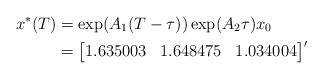
LaTeX: \begin{align*} x^* (T)&=\exp(A_1 (T-\tau)) \exp(A_2 \tau) x_0\\ &= \begin{bmatrix} 1.635003 & 1.648475& 1.034004 \end{bmatrix}'\end{align*}